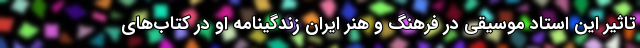
تاثیر این استاد موسیقی در فرهنگ و هنر ایران زندگینامه او در کتاب‌های